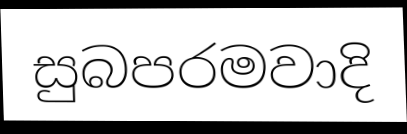
සුබපරමවාදි